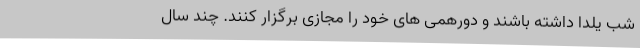
شب یلدا داشته باشند و دورهمی های خود را مجازی برگزار کنند. چند سال